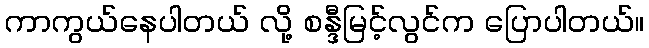
ကာကွယ်နေပါတယ် လို့ စန္ဒီမြင့်လွင်က ပြောပါတယ်။